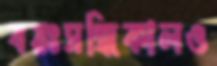
বয়ঃসন্ধিকালও